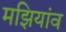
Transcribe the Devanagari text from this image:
मझियांव